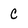
Character: c